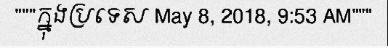
"""ក្នុងប្រទេស May 8, 2018, 9:53 AM"""